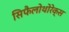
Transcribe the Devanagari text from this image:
सिफैलोथोरेक्स